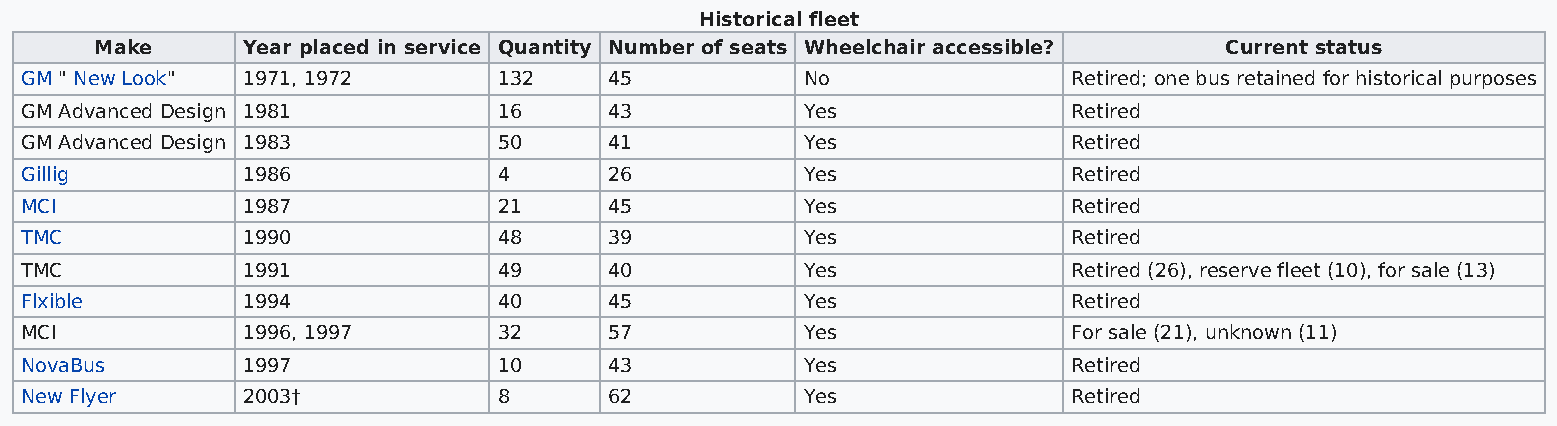
Historical fleet
 Make      Year placed in service Quantity Number of seats Wheelchair accessible? Current status
 GM " New Look" 1971, 1972       132    45           No                Retired; one bus retained for historical purposes
 GM Advanced Design 1981         16     43           Yes               Retired
 GM Advanced Design 1983         50     41           Yes               Retired
 Gillig         1986             4      26           Yes               Retired
 MCI            1987             21     45           Yes               Retired
 TMC            1990             48     39           Yes               Retired
 TMC            1991             49     40           Yes               Retired (26), reserve fleet (10), for sale (13)
 Flxible        1994             40     45           Yes               Retired
 MCI            1996, 1997       32     57           Yes               For sale (21), unknown (11)
 NovaBus        1997             10     43           Yes               Retired
 New Flyer      2003†            8      62           Yes               Retired